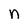
Character: n